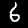
Label: 6